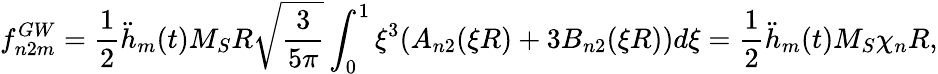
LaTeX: f_{n2m}^{GW}=\frac 12\ddot{h}_{m}(t)M_{S}R\sqrt{\frac{3}{5\pi}}\int_{0}^{1}\xi^{3}(A_{n2}(\xi R)+3B_{n2}(\xi R))d\xi=\frac 12\ddot{h}_{m}(t)M_{S}\chi_{n}R,